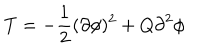
T = - { \frac { 1 } { 2 } } { ( \partial \phi ) ^ { 2 } + Q { \partial } ^ { 2 } \phi }